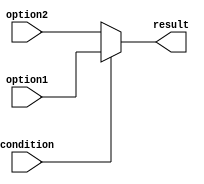
module conditional_operator (
    input wire condition,
    input wire option1,
    input wire option2,
    output reg result
);

// Condition that is evaluated to determine which value to select
// Values or expressions that are used as options for the selection
// Output that is produced based on the condition evaluation
always @(*)
begin
    result = (condition) ? option1 : option2;
end

endmodule